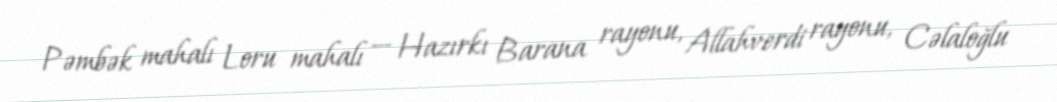
Pəmbək mahalı Loru mahalı — Hazırkı Barana rayonu, Allahverdi rayonu, Cəlaloğlu